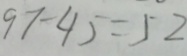
9 7 - 4 5 = 5 2